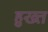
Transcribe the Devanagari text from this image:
हुख्त